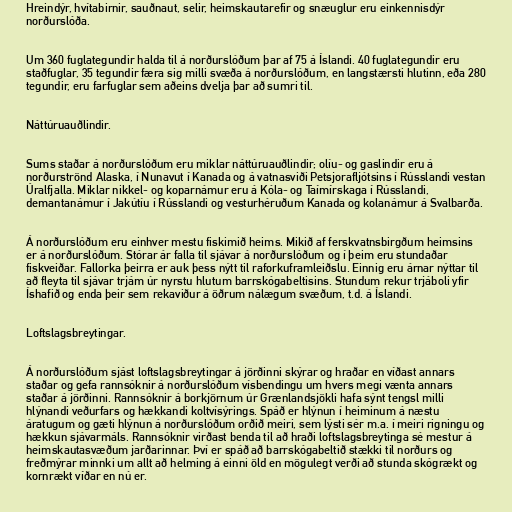
Hreindýr, hvítabirnir, sauðnaut, selir, heimskautarefir og snæuglur eru einkennisdýr
norðurslóða.

Um 360 fuglategundir halda til á norðurslóðum þar af 75 á Íslandi. 40 fuglategundir eru
staðfuglar, 35 tegundir færa sig milli svæða á norðurslóðum, en langstærsti hlutinn, eða 280
tegundir, eru farfuglar sem aðeins dvelja þar að sumri til.

Náttúruauðlindir.

Sums staðar á norðurslóðum eru miklar náttúruauðlindir; olíu- og gaslindir eru á
norðurströnd Alaska, í Nunavut í Kanada og á vatnasviði Petsjorafljótsins í Rússlandi vestan
Úralfjalla. Miklar nikkel- og koparnámur eru á Kóla- og Taímírskaga í Rússlandi,
demantanámur í Jakútíu í Rússlandi og vesturhéruðum Kanada og kolanámur á Svalbarða.

Á norðurslóðum eru einhver mestu fiskimið heims. Mikið af ferskvatnsbirgðum heimsins
er á norðurslóðum. Stórar ár falla til sjávar á norðurslóðum og í þeim eru stundaðar
fiskveiðar. Fallorka þeirra er auk þess nýtt til raforkuframleiðslu. Einnig eru árnar nýttar til
að fleyta til sjávar trjám úr nyrstu hlutum barrskógabeltisins. Stundum rekur trjáboli yfir
Íshafið og enda þeir sem rekaviður á öðrum nálægum svæðum, t.d. á Íslandi.

Loftslagsbreytingar.

Á norðurslóðum sjást loftslagsbreytingar á jörðinni skýrar og hraðar en víðast annars
staðar og gefa rannsóknir á norðurslóðum vísbendingu um hvers megi vænta annars
staðar á jörðinni. Rannsóknir á borkjörnum úr Grænlandsjökli hafa sýnt tengsl milli
hlýnandi veðurfars og hækkandi koltvísýrings. Spáð er hlýnun í heiminum á næstu
áratugum og gæti hlýnun á norðurslóðum orðið meiri, sem lýsti sér m.a. í meiri rigningu og
hækkun sjávarmáls. Rannsóknir virðast benda til að hraði loftslagsbreytinga sé mestur á
heimskautasvæðum jarðarinnar. Því er spáð að barrskógabeltið stækki til norðurs og
freðmýrar minnki um allt að helming á einni öld en mögulegt verði að stunda skógrækt og
kornrækt víðar en nú er.